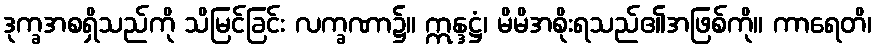
ဒုက္ခအစရှိသည်ကို သိမြင်ခြင်း လက္ခဏာ၌။ ဣန္ဒဋ္ဌံ၊ မိမိအစိုးရသည်၏အဖြစ်ကို။ ကာရေတိ၊